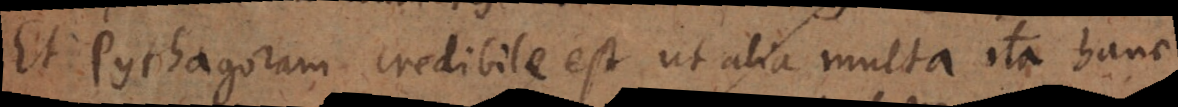
Et Pythagoram credibile est ut alia multa ita hanc